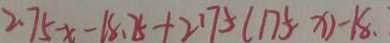
2 . 7 5 x - 1 8 . 7 5 + 2 1 7 5 ( 1 7 5 - x ) - 1 8 .